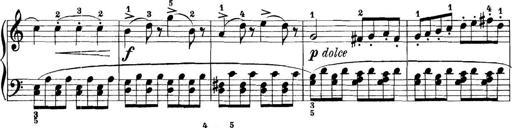
Title: 11 Sonatinas
Composer: Anton Diabelli